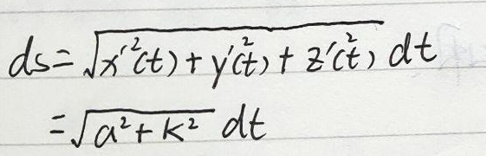
\[
ds = \sqrt{x'^2(t)+y'^2(t)+z'^2(t)}dt = \sqrt{a^2 + k^2}dt
\]